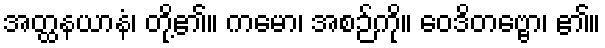
အတ္ထနယာနံ၊ တို့၏။ ကမော၊ အစဉ်ကို။ ဝေဒိတဗ္ဗော၊ ၏။